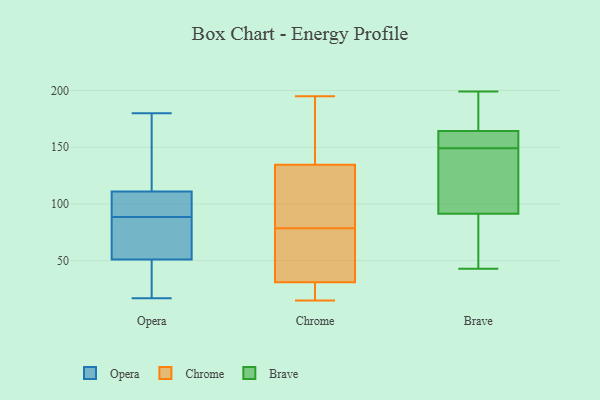
{"axis": {"x": "Conversion Rate (%)", "y": "Value"}, "legend": ["Brave", "Chrome", "Opera"], "data": [{"x": "", "y": 111, "type": "Opera"}, {"x": "", "y": 86, "type": "Opera"}, {"x": "", "y": 160, "type": "Opera"}, {"x": "", "y": 57, "type": "Opera"}, {"x": "", "y": 32, "type": "Opera"}, {"x": "", "y": 163, "type": "Opera"}, {"x": "", "y": 107, "type": "Opera"}, {"x": "", "y": 91, "type": "Opera"}, {"x": "", "y": 50, "type": "Opera"}, {"x": "", "y": 76, "type": "Opera"}, {"x": "", "y": 51, "type": "Opera"}, {"x": "", "y": 17, "type": "Opera"}, {"x": "", "y": 91, "type": "Opera"}, {"x": "", "y": 180, "type": "Opera"}, {"x": "", "y": 20, "type": "Chrome"}, {"x": "", "y": 126, "type": "Chrome"}, {"x": "", "y": 195, "type": "Chrome"}, {"x": "", "y": 40, "type": "Chrome"}, {"x": "", "y": 59, "type": "Chrome"}, {"x": "", "y": 60, "type": "Chrome"}, {"x": "", "y": 76, "type": "Chrome"}, {"x": "", "y": 20, "type": "Chrome"}, {"x": "", "y": 96, "type": "Chrome"}, {"x": "", "y": 180, "type": "Chrome"}, {"x": "", "y": 143, "type": "Chrome"}, {"x": "", "y": 106, "type": "Chrome"}, {"x": "", "y": 81, "type": "Chrome"}, {"x": "", "y": 22, "type": "Chrome"}, {"x": "", "y": 15, "type": "Chrome"}, {"x": "", "y": 188, "type": "Chrome"}, {"x": "", "y": 100, "type": "Brave"}, {"x": "", "y": 161, "type": "Brave"}, {"x": "", "y": 65, "type": "Brave"}, {"x": "", "y": 43, "type": "Brave"}, {"x": "", "y": 159, "type": "Brave"}, {"x": "", "y": 108, "type": "Brave"}, {"x": "", "y": 181, "type": "Brave"}, {"x": "", "y": 149, "type": "Brave"}, {"x": "", "y": 174, "type": "Brave"}, {"x": "", "y": 199, "type": "Brave"}, {"x": "", "y": 132, "type": "Brave"}, {"x": "", "y": 59, "type": "Brave"}, {"x": "", "y": 160, "type": "Brave"}]}